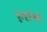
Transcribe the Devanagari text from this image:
दुल्हनियाँ